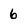
Character: 6